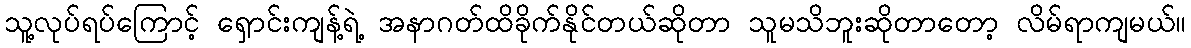
သူ့လုပ်ရပ်ကြောင့် ရှောင်းကျန့်ရဲ့ အနာဂတ်ထိခိုက်နိုင်တယ်ဆိုတာ သူမသိဘူးဆိုတာတော့ လိမ်ရာကျမယ်။